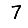
Digit: 7